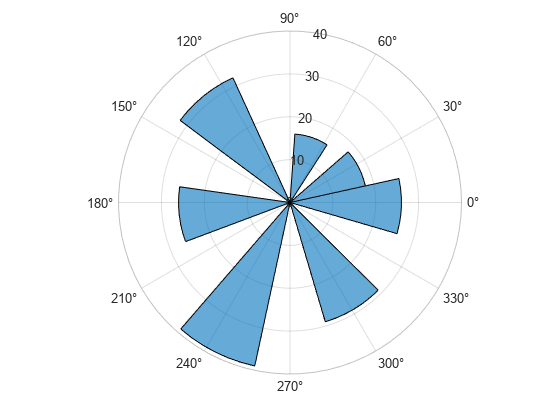
matlab, figure, polarhistogram